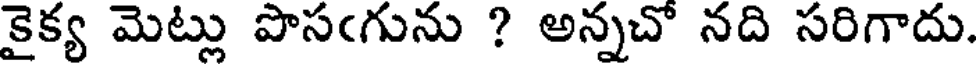
కైక్య మెట్లు పొసఁగును ? అన్నచో నది సరిగాదు.